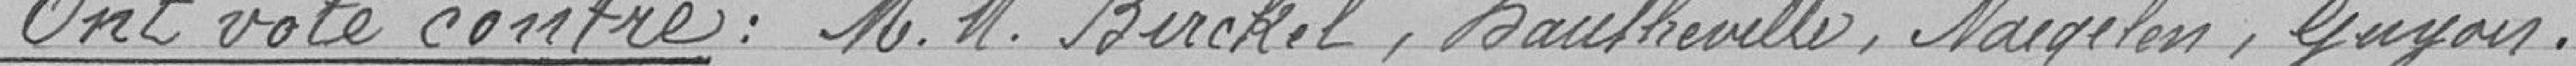
Ont voté contre : Messieurs Birckel, Dautherville, Naegelen, Guyon